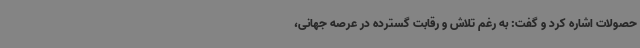
حصولات اشاره کرد و گفت: به رغم تلاش و رقابت گسترده در عرصه جهانی،